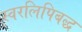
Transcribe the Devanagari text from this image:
स्वरलिपिबद्ध